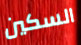
السكين